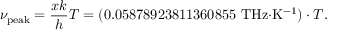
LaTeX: \nu _ { \mathrm { p e a k } } = { \frac { x k } { h } } T = ( { 0 . 0 5 8 7 8 9 2 3 8 1 1 3 6 0 8 5 5 ~ { \mathrm { T H z } } { \cdot } { \mathrm { K } } ^ { - 1 } } ) \cdot { T } .